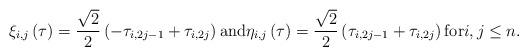
LaTeX: \begin{align*}\xi_{i,j}\left(\tau\right)= \frac{\sqrt{2}}{2}\left(-\tau_{i,2j-1}+\tau_{i,2j}\right) \mbox{and} \eta_{i,j}\left(\tau\right)=\frac{\sqrt{2}}{2}\left(\tau_{i,2j-1}+\tau_{i,2j}\right) \mbox{for} i,j\leq n. \end{align*}